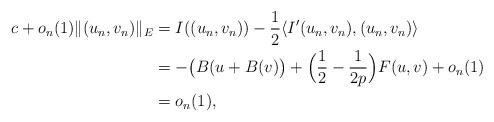
LaTeX: \begin{align*}c+o_{n}(1)\|(u_{n},v_{n})\|_{E}&=I((u_{n},v_{n}))-\frac{1}{2}\langle I'(u_{n},v_{n}),(u_{n},v_{n})\rangle\\&=-\big(B(u+B(v)\big)+\Big(\frac{1}{2}-\frac{1}{2p}\Big)F(u,v)+o_{n}(1)\\&=o_{n}(1),\end{align*}